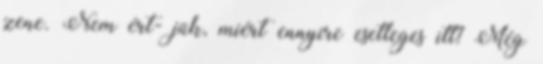
zene. Nem ért- jük, miért ennyire esetleges itt? Még